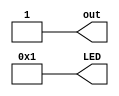
module LED_top(
	output out,
	output [7:0]LED
	);
	assign LED[7:1] = 7'b0;
	assign LED[0] = 1'b1;
	assign out = 1'b1;
endmodule